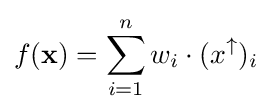
f(\mathbf {x} )=\sum _{i=1}^{n}w_{i}\cdot (x^{\uparrow })_{i}